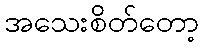
အသေးစိတ်တော့